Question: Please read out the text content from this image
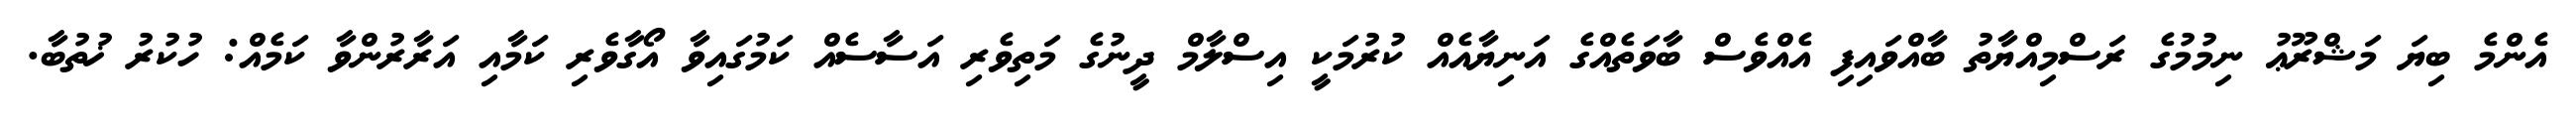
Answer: އެންމެ ބިޔަ މަޝްރޫޢު ނިމުމުގެ ރަސްމިއްޔާތު ބާއްވައިފި އެއްވެސް ބާވަތެއްގެ އަނިޔާއެއް ކުރުމަކީ އިސްލާމް ދީނުގެ މަތިވެރި އަސާސެއް ކަމުގައިވާ އޯގާވެރި ކަމާއި އަރާރުންވާ ކަމެއް: ހުކުރު ޚުތުބާ.